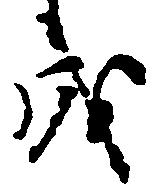
成